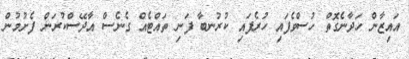
އައިޒާން ހަދާނެގޮތް ހުސްވެފައި ހުރެފައި ކުރުނބާ ފަނި ތައްޓެއް ގެނެސް އާދޭސްކުރަން ފެށުމުން